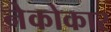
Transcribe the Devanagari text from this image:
नेकोकार